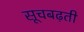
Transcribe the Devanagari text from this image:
सूचबढ़ती